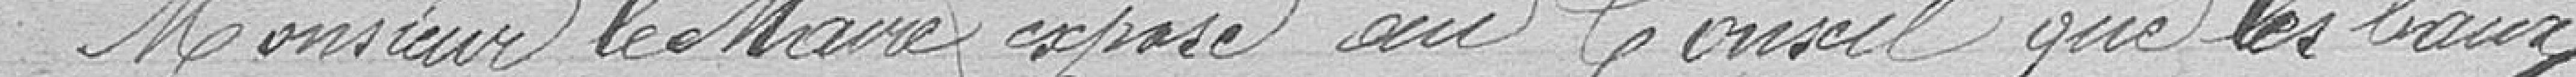
Monsieur le Maire expose au Conseil que les baux,